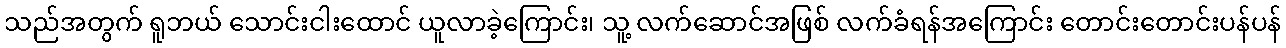
သည်အတွက် ရူဘယ် သောင်းငါးထောင် ယူလာခဲ့ကြောင်း၊ သူ့ လက်ဆောင်အဖြစ် လက်ခံရန်အကြောင်း တောင်းတောင်းပန်ပန်